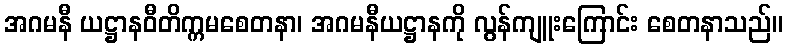
အဂမနီ ယဋ္ဌာနဝီတိက္ကမစေတနာ၊ အဂမနီယဋ္ဌာနကို လွန်ကျူးကြောင်း စေတနာသည်။